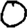
Digit: 0